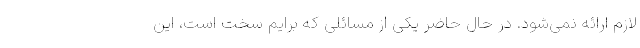
لازم ارائه نمی‌شود. در حال حاضر یکی از مسائلی که برایم سخت است، این